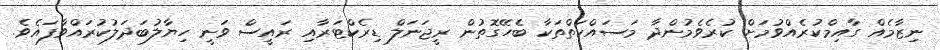
ނިޒާމެއް ގާއިމްކުރެއްވުމަށް ކުރެވެމުންދާ މަސައްކަތްތަކާ ބެހޭގޮތުން ރީޖަނަލް ޑިރެކްޓަރާއި ރައީސް ވަނީ ހިޔާލުބަދަލުކުރައްވާފައެވެ.